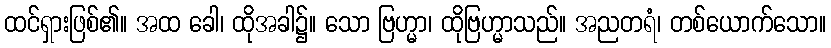
ထင်ရှားဖြစ်၏။ အထ ခေါ၊ ထိုအခါ၌။ သော ဗြဟ္မာ၊ ထိုဗြဟ္မာသည်။ အညတရံ၊ တစ်ယောက်သော။